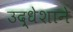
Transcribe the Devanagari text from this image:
उद्धेशाने